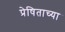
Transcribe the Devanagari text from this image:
प्रेषिताच्या